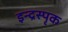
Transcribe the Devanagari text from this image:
इन्द्रस्पृक